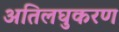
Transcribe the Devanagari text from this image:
अतिलघुकरण